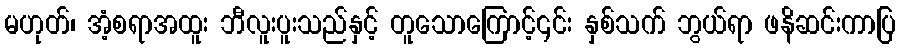
မဟုတ်၊ အံ့စရာအထူး ဘီလူးပူးသည်နှင့် တူသောကြောင့်၎င်း နှစ်သက် ဘွယ်ရာ ဖနိဆင်းကာပြ